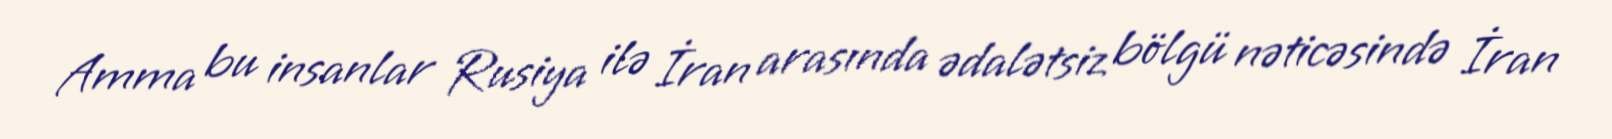
Amma bu insanlar Rusiya ilə İran arasında ədalətsiz bölgü nəticəsində İran